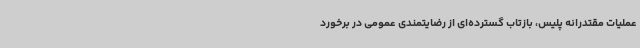
عملیات مقتدرانه پلیس، بازتاب گسترده‌ای از رضایتمندی عمومی در برخورد